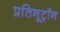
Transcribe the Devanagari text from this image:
प्रतिनूट्रॉन